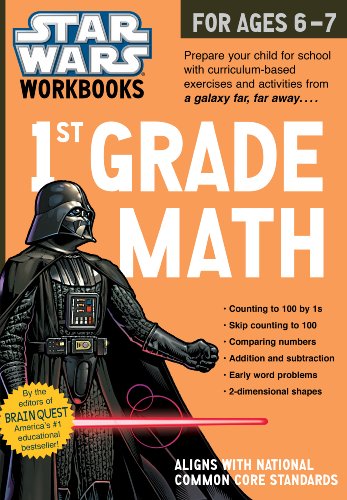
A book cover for Star Wars Workbook: 1st Grade Math (Star Wars Workbooks); Workman Publishing; Children's Books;